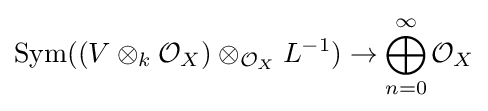
\operatorname {Sym} ((V\otimes _{k}{\mathcal {O}}_{X})\otimes _{{\mathcal {O}}_{X}}L^{-1})\to \bigoplus _{n=0}^{\infty }{\mathcal {O}}_{X}